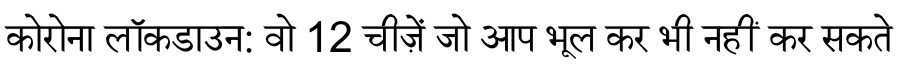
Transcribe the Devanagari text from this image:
कोरोना लॉकडाउन: वो 12 चीज़ें जो आप भूल कर भी नहीं कर सकते